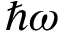
\hbar \omega